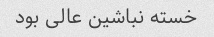
خسته نباشین عالی بود